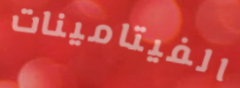
الفيتامينات